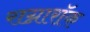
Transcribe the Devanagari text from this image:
राग्नारॉक